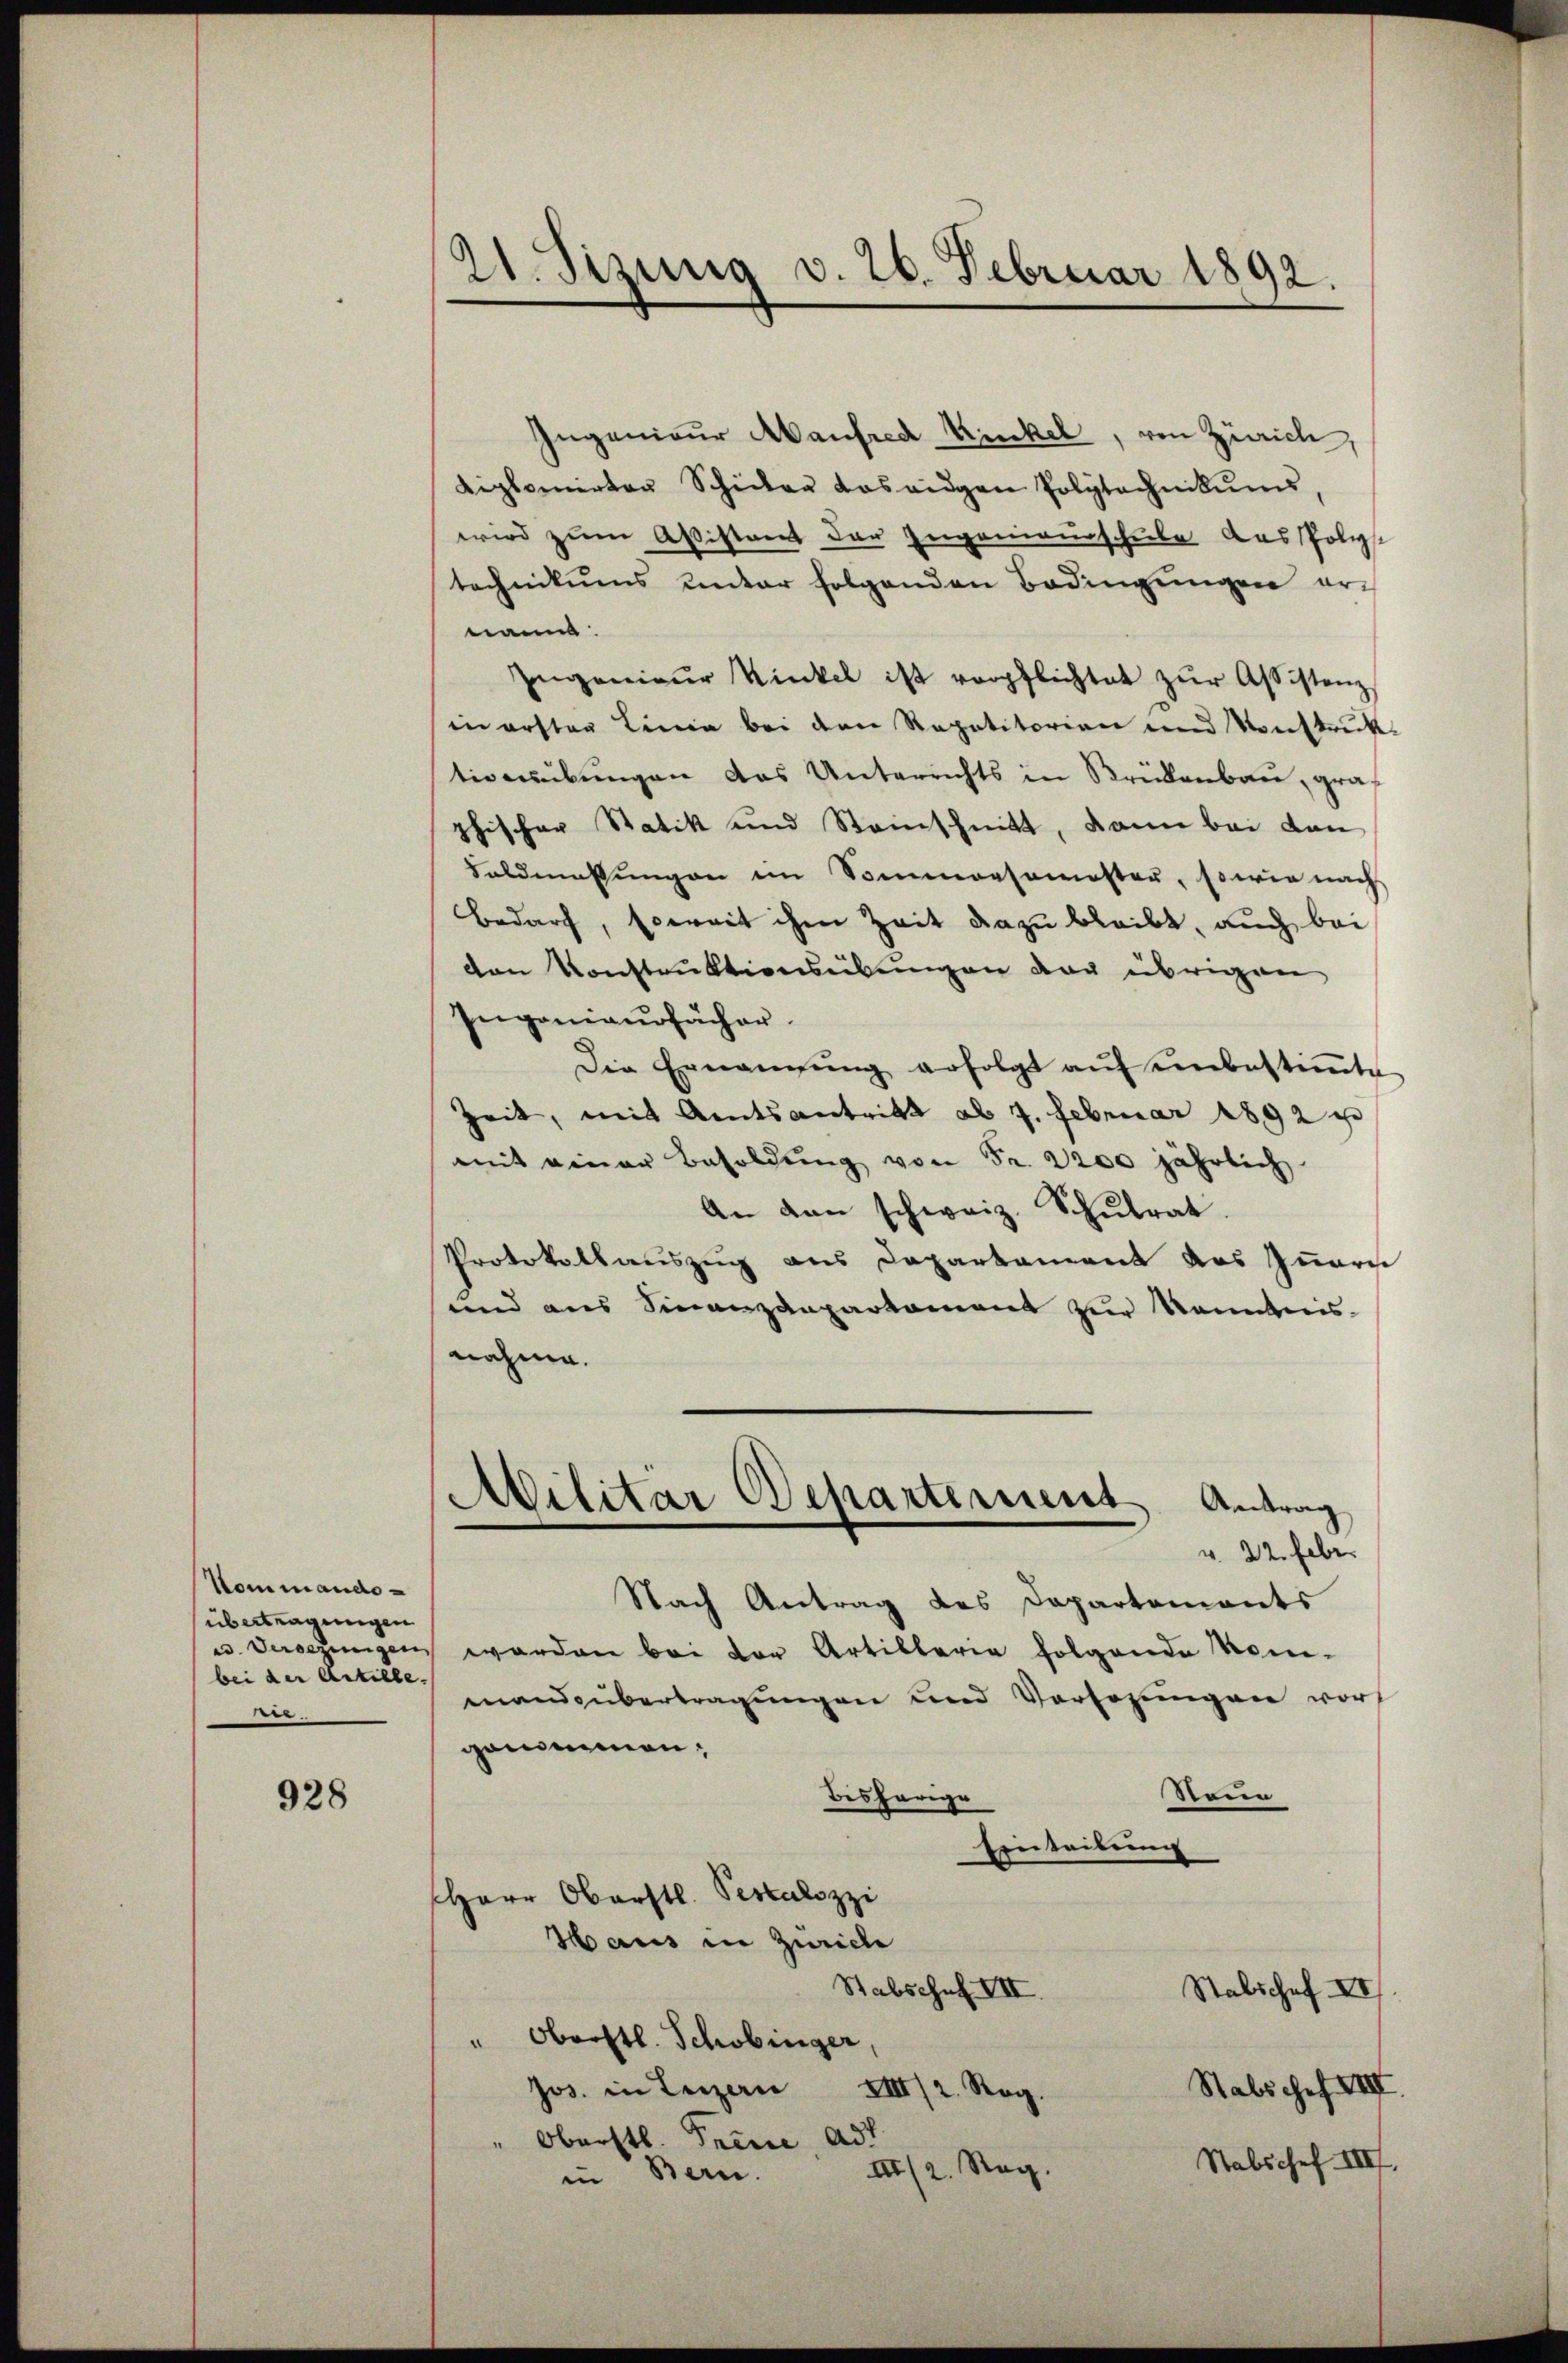
Kommande
übertragungen
bei der Artille.
.

928

21. Sizung v. 26. Februar 1892.

Ingenieur anfred Kinkel, von Zürich,
Liplomirter Schüler dos eidgen Polytechnikums,
wird zum Aßistant der Eugenieurschule aus Polize
technikums unter folgenden Bedingungen er-
nann
Ingenieŭr Winkel ist verpflichtet zŭr Assistenz
in ersten Linie bei den Repetitorian und Sonstrick
tivnübungen das Unterrichts in Brükenbau, graphischer Statik und Steinschnitt, dann bei dan
Saldmassungen im Sommersemester, sowie nach
Bedarf, soweit ihm Zeit dazu bleibt, auch bei
den Konstruktionsübungen der übrigen,
Ingeniaurfächer
 Die Ernannŭng erfolgt aŭf ŭnbestiṁte
Zeit, mit Amtsantritt ad 4. Februar 1892 u
mit einer Besoldung von Fr. 2200 jährlich
An den schweiz. Schŭlrat
Protokollauszug aus Departament das Innern
und aus Finanzdepartement zur Kenntnis-
nahme.
Militar Departement Antrag
v. 22. Febr.
Nach Antrag des Departements
u. dersezungen werden bei der Artillaria folgende Nom-
mandsübertragungen und Vorsezungen vor
genommen.
Steen
bisherige
Einteilung
Herr Oberstl. Pestalozzi
Haus in Zürich
Stabschaf VII.
Stabschaf XII.
" Oberstl. Schobinger
Stabschef VIII
XIII/2. Reg.
Jos. in Leizen
Oberstl. Treue ad
Stabschef III.
in Bern. 1/2. Reg.